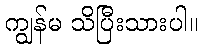
ကျွန်မ သိပြီးသားပါ။